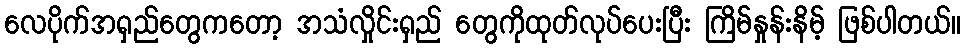
လေပိုက်အရှည်တွေကတော့ အသံလှိုင်းရှည် တွေကိုထုတ်လုပ်ပေးပြီး ကြိမ်နှုန်းနိမ့် ဖြစ်ပါတယ်။